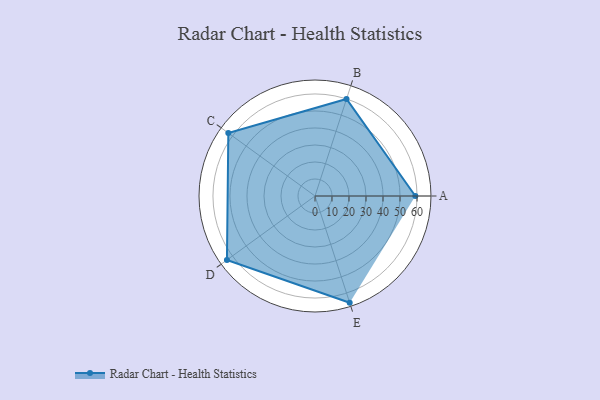
{"axis": {"x": "Skill", "y": "Score"}, "legend": ["Profile"], "data": [{"x": "A", "y": 59.0, "type": "Profile"}, {"x": "B", "y": 60.0, "type": "Profile"}, {"x": "C", "y": 63.0, "type": "Profile"}, {"x": "D", "y": 64.0, "type": "Profile"}, {"x": "E", "y": 66.0, "type": "Profile"}]}